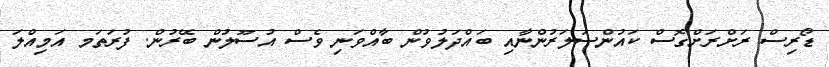
ޑޯރިސް ރަށްރަށްގޮސް ކައުންސަލަރުންނާއި ބައްދަލުވުން ބާއްވަނި ވެސް އުސޫލުން ބޭރުން. ފުރަތަމ އަމިއްލަ